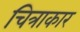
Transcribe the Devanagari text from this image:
चित्राकार